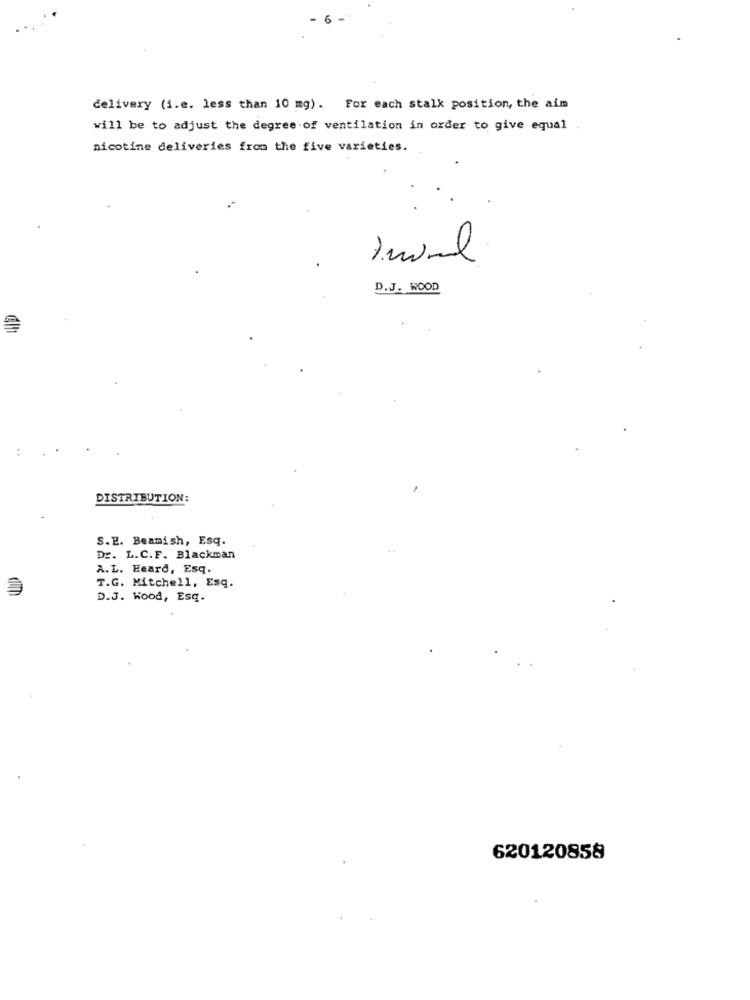
delivery (i.e. less than 10 mg). For each stalk position, the aim
will be to adjust the degree of ventilation in order to give equal .
nicotine deliveries from the five varieties.
Imal
D.J. WOOD
DISTRIBUTION:
S.E. Beamish, Esq.
Dr. L.C.F. Blackman
A.L. Eeard, Esq.
T.G. Mitchell, Esq.
D.J. Kood, Esq.
620120858